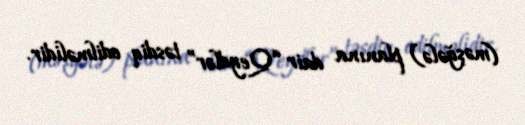
(məşğələ) planına dair “Qeydlər” təsdiq edilməlidir.